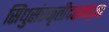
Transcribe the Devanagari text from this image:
सिंधुसंस्कृतीदरम्यान